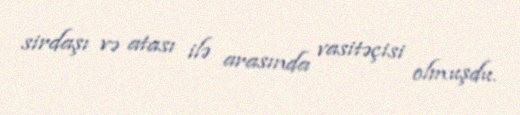
sirdaşı və atası ilə arasında vasitəçisi olmuşdu.